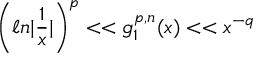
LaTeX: \left( \ell n | \frac { 1 } { x } | \right) ^ { p } < < g _ { 1 } ^ { p , n } ( x ) < < x ^ { - q }